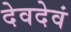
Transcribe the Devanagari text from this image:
देवदेवं